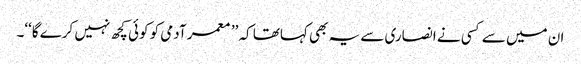
ان میں سے کسی نے انصاری سے یہ بھی کہاتھا کہ ’’ معمر آدمی کو کوئی کچھ نہیں کرے گا‘‘۔